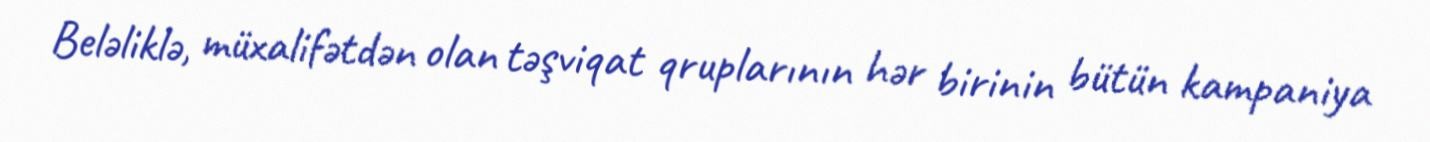
Beləliklə, müxalifətdən olan təşviqat qruplarının hər birinin bütün kampaniya